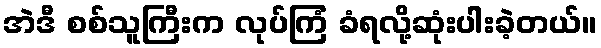
အဲဒီ စစ်သူကြီးက လုပ်ကြံ ခံရလို့ဆုံးပါးခဲ့တယ်။